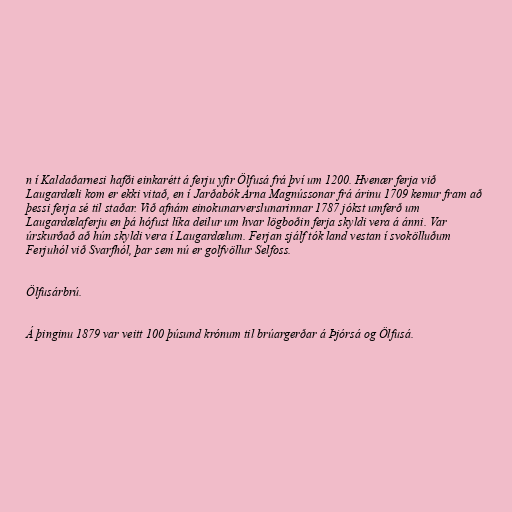
n í Kaldaðarnesi hafði einkarétt á ferju yfir Ölfusá frá því um 1200. Hvenær ferja við
Laugardæli kom er ekki vitað, en í Jarðabók Árna Magnússonar frá árinu 1709 kemur fram að
þessi ferja sé til staðar. Við afnám einokunarverslunarinnar 1787 jókst umferð um
Laugardælaferju en þá hófust líka deilur um hvar lögboðin ferja skyldi vera á ánni. Var
úrskurðað að hún skyldi vera í Laugardælum. Ferjan sjálf tók land vestan í svokölluðum
Ferjuhól við Svarfhól, þar sem nú er golfvöllur Selfoss.

Ölfusárbrú.

Á þinginu 1879 var veitt 100 þúsund krónum til brúargerðar á Þjórsá og Ölfusá.